Papers set at the Examination for Leaving Certificates, 1890
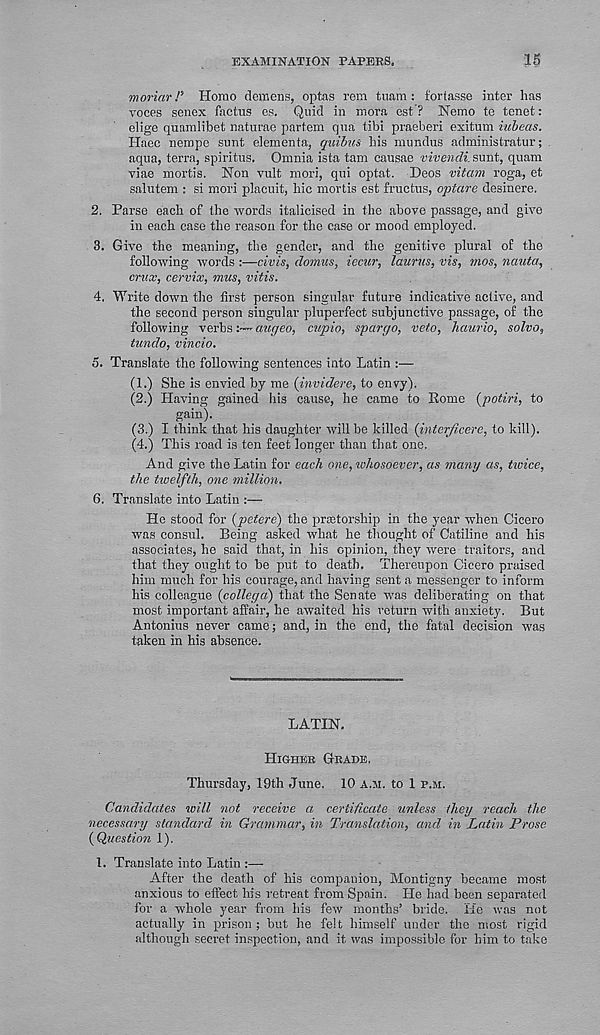
EXAMINATION PAPEES.
15
moriar P Homo demens, optas rem tuam : fortasse inter lias
voces senex factus es. Quid in mora est ? Nemo te tenet:
elige quamlibet naturae partem qua tibi praeberi exitum iubeas.
Haec nempe sunt elementa, quibus his mundus administratur;
aqua, terra, spiritus. Omnia ista tam causae vivendi. sunt, quam
viae mortis. Non vult mori, qui optat. Deos vitam roga, et
salutem : si mori placuit, hie mortis est fructus, optare desinere.
2. Parse each of the words italicised in the above passage, and give
in each case the reason for the case or mood employed.
3. Give the meaning, the gender, and the genitive plural of the
following words :—civis, domws, iecur, laurus, vis, mos, nanta,
crux, cervix, mus, vitis.
4. Write down the first person singular future indicative aelive, and
the second person singular pluperfect subjunctive passage, of the
following verbsauejeo, cupio, sparc/o, veto, haurio, solve,
tundo, vincio.
5. Translate the following sentences into Latin :—
(1.) She is envied by me (invidere, to envy).
(2.) Having gained his cause, he came to Rome {potiri, to
gain).
(3.) I think that his daughter will be killed (interjicere, to kill).
(4.) This road is ten feet longer than that one.
And give the Latin for each one, whosoever, as many as, twice,
the twelfth, one million.
6. Translate into Latin :—
He stood for (petere) the prostorship in the year when Cicero
was consul. Being asked what he thought of Catiline and his
associates, he said that, in his opinion, they were traitors, and
that they ought to be put to death. Thereupon Cicero praised
him much for his courage, and having sent a messenger to inform
his colleague (collegd) that the Senate was deliberating on that
most important affair, he awaited his return with anxiety. But
Antonius never came; and, in the end, the fatal decision was
taken in his absence.
LATIN.
HIGHER GEADE.
Thursday, 19th June. 10 A.M. to 1 P.M.
Candidates will not receive a certificate unless they reach the
necessary standard in Grammar, in Translation, and in Latin Prose
(Question 1).
1. Translate into Latin :—
After the death of his companion, Montigny became most
anxious to effect his retreat from Spain. He had been separated
for a whole year from his few months’ bride. He was not
actually in prison; but he felt himself under the most rigid
although secret inspection, and it was impossible for him to take